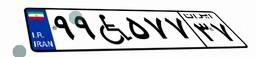
۳۵W۷۱۱۶۸